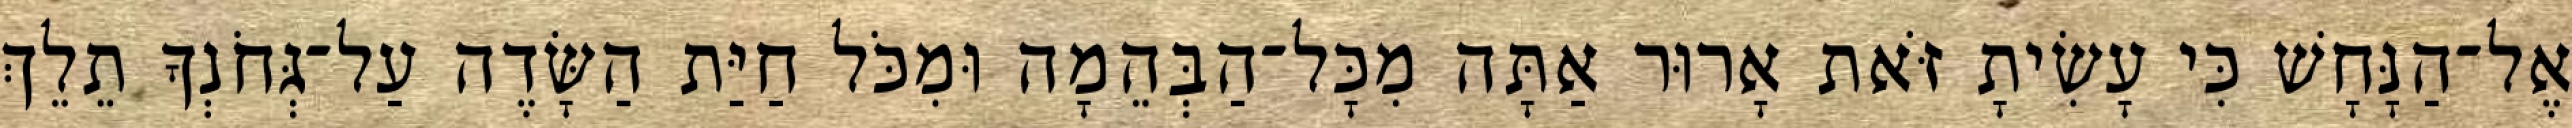
אֶל־הַנָּחָשׁ כִּי עָשִׂיתָ זֹּאת אָרוּר אַתָּה מִכָּל־הַבְּהֵמָה וּמִכֹּל חַיַּת הַשָּׂדֶה עַל־גְּחֹנְךָ תֵלֵךְ